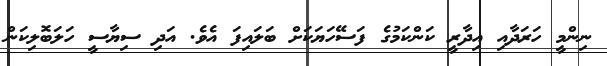
ނިންމީ ހަރަދާއި އިދާރީ ކަންކަމުގެ ފަސޭހަޔަކަށް ބަލައިފަ އެވެ. އަދި ސިޔާސީ ހަލަބޮލިކަން